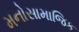
મનોસામાજિક